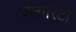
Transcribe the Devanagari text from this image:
क्लोरिटो